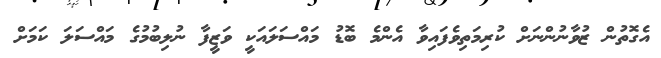
އެގޮތުން ޒުވާނުންނަށް ކުރިމަތިވެފައިވާ އެންމެ ބޮޑު މައްސަލައަކީ ވަޒީފާ ނުލިބުމުގެ މައްސަލަ ކަމަށް